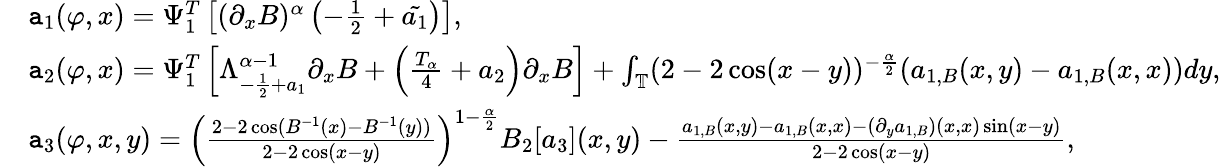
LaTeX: \begin{array}{rl}&{\mathtt{a}_{1}(\varphi,x)=\Psi_{1}^{T}\left[(\partial_{x}B)^{\alpha}\left(-\frac{1}{2}+\tilde{a_{1}}\right)\right],}\\ &{\mathtt{a}_{2}(\varphi,x)=\Psi_{1}^{T}\left[\Lambda_{-\frac{1}{2}+a_{1}}^{\alpha-1}\partial_{x}B+\left(\frac{T_{\alpha}}{4}+a_{2}\right)\partial_{x}B\right]+\int_{\mathbb{T}}(2-2\cos(x-y))^{-\frac{\alpha}{2}}(a_{1,B}(x,y)-a_{1,B}(x,x))dy,}\\ &{\mathtt{a}_{3}(\varphi,x,y)=\left(\frac{2-2\cos(B^{-1}(x)-B^{-1}(y))}{2-2\cos(x-y)}\right)^{1-\frac{\alpha}{2}}B_{2}[a_{3}](x,y)-\frac{a_{1,B}(x,y)-a_{1,B}(x,x)-(\partial_{y}a_{1,B})(x,x)\sin(x-y)}{2-2\cos(x-y)},}\end{array}